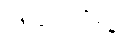
လိုက်ဖက်ရန်